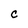
Character: C